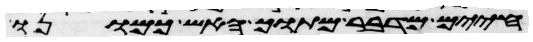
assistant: חיים מדבר מתוך האש כמונו